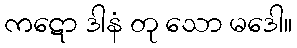
ကဋော ဒါနံ တု သော မဒေါ။